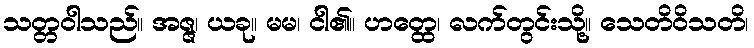
သတ္တဝါသည်။ အဇ္ဇ၊ ယခု။ မမ၊ ငါ၏။ ဟတ္ထေ၊ လက်တွင်းသို့။ သေတိဝိသတိ၊